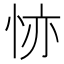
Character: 𢙕